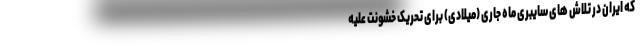
که ایران در تلاش های سایبری ماه جاری (میلادی) برای تحریک خشونت علیه